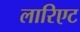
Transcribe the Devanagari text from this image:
लारिएट